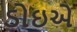
ડોઇએ